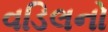
વડિલનો